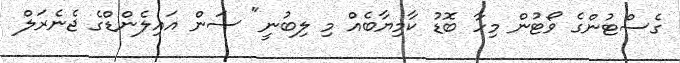
ގެސްޓުންގެ ވޯޓުން މިހާ ބޮޑު ކާމިޔާބެއް މި ލިބުނީ" ސަން އައިލެންޑްގެ ޖެނެރަލް